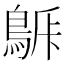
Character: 𪁯